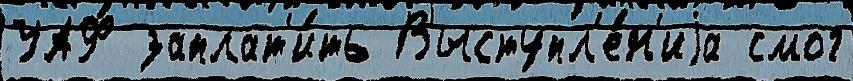
УАФ заплат'и́ть Выступл'е́н'иjа смог